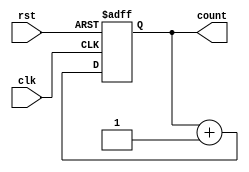
module up_counter_moore (
    input wire clk,      // Clock signal
    input wire rst,      // Asynchronous reset signal
    output reg [N-1:0] count // N-bit counter output
);

parameter N = 3; // Define the width of the counter (3 bits for this example)

// Always block for state transition
always @(posedge clk or posedge rst) begin
    if (rst) begin
        count <= 0; // Reset the counter to 0
    end else begin
        count <= count + 1; // Increment the counter
    end
end

endmodule